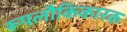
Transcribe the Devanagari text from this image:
रूपलौकिकारक